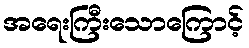
အရေးကြီးသောကြောင့်